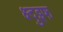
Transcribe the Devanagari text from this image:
क्ष्दुइफ